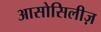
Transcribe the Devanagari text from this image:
आसोसिलीज़